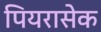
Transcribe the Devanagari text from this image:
पियरासेक